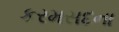
કરમસદના